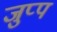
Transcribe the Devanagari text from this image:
जुप्प